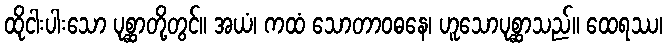
ထိုငါးပါးသော ပုစ္ဆာတို့တွင်။ အယံ၊ ကထံ သောတာဝဓနေ၊ ဟူသောပုစ္ဆာသည်။ ထေရဿ၊